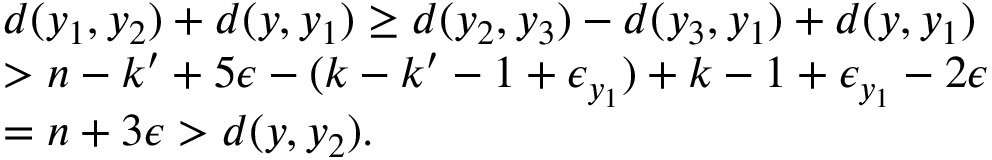
\begin{array} { r l } & { d ( y _ { 1 } , y _ { 2 } ) + d ( y , y _ { 1 } ) \geq d ( y _ { 2 } , y _ { 3 } ) - d ( y _ { 3 } , y _ { 1 } ) + d ( y , y _ { 1 } ) } \\ & { > n - k ^ { \prime } + 5 \epsilon - ( k - k ^ { \prime } - 1 + \epsilon _ { y _ { 1 } } ) + k - 1 + \epsilon _ { y _ { 1 } } - 2 \epsilon } \\ & { = n + 3 \epsilon > d ( y , y _ { 2 } ) . } \end{array}